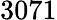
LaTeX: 3071